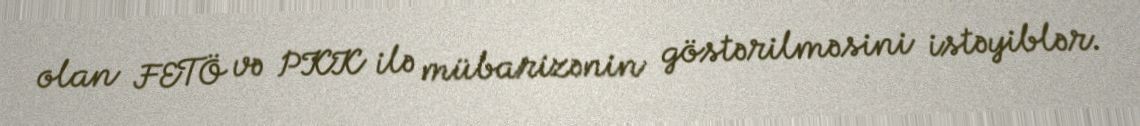
olan FETÖ və PKK ilə mübarizənin göstərilməsini istəyiblər.